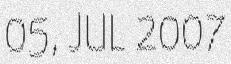
05, JUL 2007